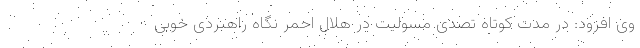
وی افزود: در مدت کوتاه تصدی مسولیت در هلال احمر نگاه راهبردی خوبی